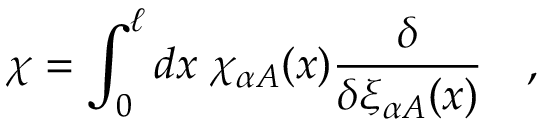
\chi = \int _ { 0 } ^ { \ell } d x \; \chi _ { \alpha A } ( x ) { \frac { \delta } { \delta \xi _ { \alpha A } ( x ) } } \quad ,